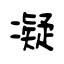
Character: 凝